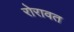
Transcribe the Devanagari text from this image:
रोरावत